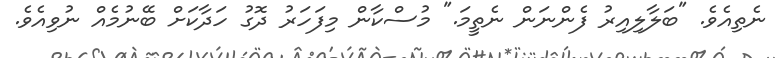
ނެތިއެވެ. "ބަލާލިއިރު ފެންނަން ނެތީމަ." މުސްކާން މިފަހަރު ދޮގު ހަދާކަށް ބޭނުމެއް ނުވިއެވެ.